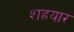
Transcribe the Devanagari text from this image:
शह्रयार